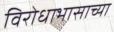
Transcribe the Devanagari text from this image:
विरोधाभासाच्या